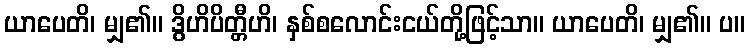
ယာပေတိ၊ မျှ၏။ ဒွိဟိပိတ္တီဟိ၊ နှစ်စလောင်းငယ်တို့ဖြင့်သာ။ ယာပေတိ၊ မျှ၏။ ပ။